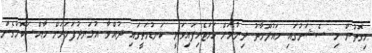
މިގޮތުން މި ސެޝަނުގައި މައުލޫމާތު ދިނުމަށް ހަމަޖެހިފައިވަނީ ކަނޑުމަތީގައި ދުއްވާ އުޅަނދުފަހަރަށް ހާއްސަކޮށްގެން